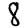
Digit: 8